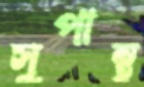
সুপান্থ